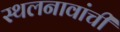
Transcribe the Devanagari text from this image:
स्थलनावांची